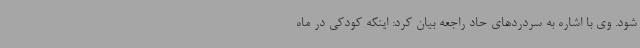
شود. وی با اشاره به سردردهای حاد راجعه بیان کرد: اینکه کودکی در ماه